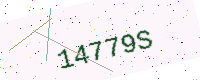
Text: 14779S